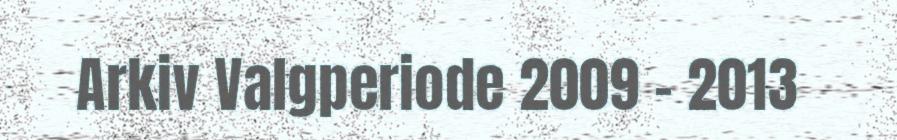
Arkiv Valgperiode 2009 - 2013